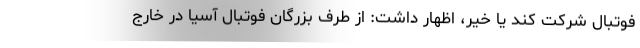
فوتبال شرکت کند یا خیر، اظهار داشت: از طرف بزرگان فوتبال آسیا در خارج